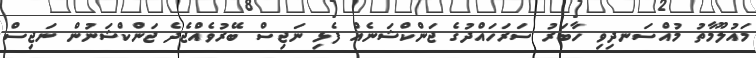
މައުލޫމާތު މުއްސަނދިވި ހާބަރު ސަރަހައްދުގެ ޖަންކްޝަނެއް ފެޅި ނަޖިސް ބޭރުވެއްޖެދެ ޖަންކްޝަނުން ނަޖިސް